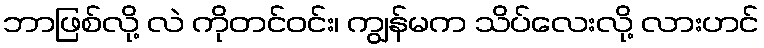
ဘာဖြစ်လို့ လဲ ကိုတင်ဝင်း၊ ကျွန်မက သိပ်လေးလို့ လားဟင်